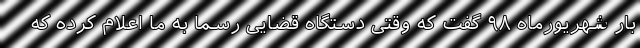
بار شهریورماه ۹۸ گفت که وقتی دستگاه قضایی رسما به ما اعلام کرده که